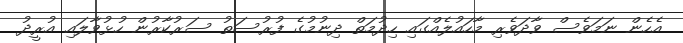
އެހެން ނަމަވެސް ވާދަވެރި މާހައުލެއްގައި ހިދުމަތް ދިނުމުގެ ފުރުސަތު ސަރުކާރުން ހުޅުވާލައި އުރީދު